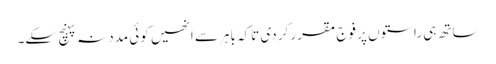
ساتھ ہی راستوں پر فوج مقرر کر دی تاکہ باہر سے انھیں کوئی مدد نہ پہنچ سکے۔